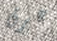
عرق